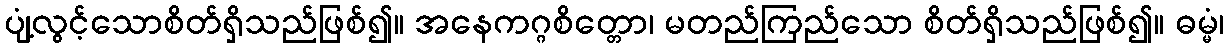
ပျံ့လွင့်သောစိတ်ရှိသည်ဖြစ်၍။ အနေကဂ္ဂစိတ္တော၊ မတည်ကြည်သော စိတ်ရှိသည်ဖြစ်၍။ ဓမ္မံ၊